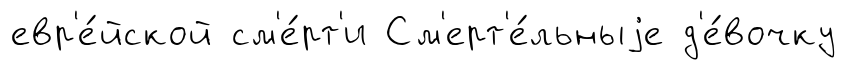
евр'е́йской см'е́рт'и См'ерт'е́льныjе д'е́вочку